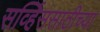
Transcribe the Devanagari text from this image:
सर्व्हिससाठीच्या